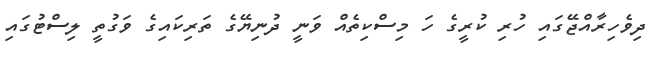
ދިވެހިރާއްޖޭގައި ހުރި ކުރީގެ ހަ މިސްކިތެއް ވަނީ ދުނިޔޭގެ ތަރިކައިގެ ވަގުތީ ލިސްޓުގައި